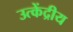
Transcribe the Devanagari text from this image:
उत्केंद्रीय